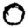
Digit: 0